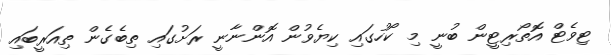
ޓިވެޓް އޮތޯރިޓީން ބުނީ މި ކޯހުގައި ކިޔެވުން އޮންނާނީ ރަށުގައި ތިބެގެން ތިއަރީބައި